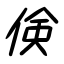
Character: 倹